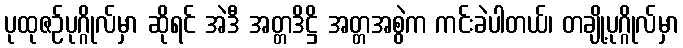
ပုထုဇဉ်ပုဂ္ဂိုလ်မှာ ဆိုရင် အဲဒီ အတ္တဒိဋ္ဌိ အတ္တအစွဲက ကင်းခဲပါတယ်၊ တချို့ပုဂ္ဂိုလ်မှာ